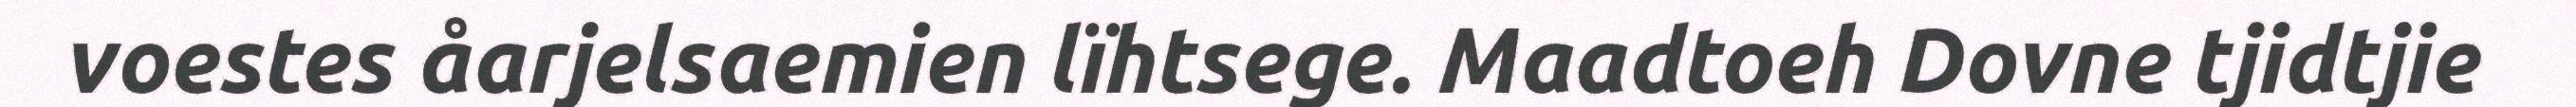
voestes åarjelsaemien lïhtsege. Maadtoeh Dovne tjidtjie